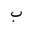
Letter: _ba